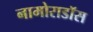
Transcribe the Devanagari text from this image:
नामोराडॉस